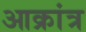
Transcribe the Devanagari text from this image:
आक्रांत्र